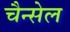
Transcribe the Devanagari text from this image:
चैन्सेल